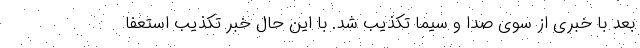
بعد با خبری از سوی صدا و سیما تکذیب شد. با این حال خبر تکذیب استعفا